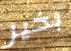
بخير